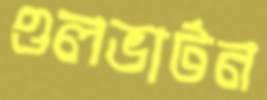
ওলভার্টন